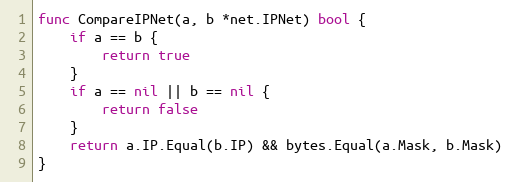
Language: Go
func CompareIPNet(a, b *net.IPNet) bool {
	if a == b {
		return true
	}
	if a == nil || b == nil {
		return false
	}
	return a.IP.Equal(b.IP) && bytes.Equal(a.Mask, b.Mask)
}